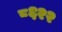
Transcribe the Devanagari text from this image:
८६२२